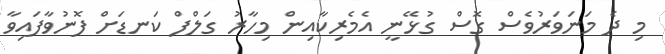
މި ދެ މަނަވަރުވެސް ގޮސް ގުޅޭނީ އެމެރިކާއިން މިހާރު ގަލްފް ކަނޑަށް ފޮނުވާފައިވާ